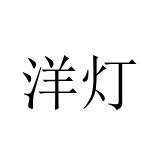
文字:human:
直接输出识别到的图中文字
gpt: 洋灯